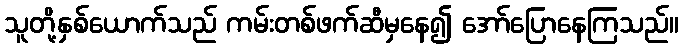
သူတို့နှစ်ယောက်သည် ကမ်းတစ်ဖက်ဆီမှနေ၍ အော်ပြောနေကြသည်။